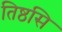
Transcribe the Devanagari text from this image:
तिष्ठसि